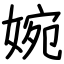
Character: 婉